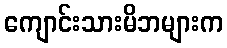
ကျောင်းသားမိဘများက